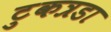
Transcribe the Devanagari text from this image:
टुकत्रडा